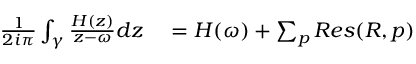
\begin{array} { r } { \begin{array} { r l } { \frac { 1 } { 2 i \pi } \int _ { \gamma } \frac { H ( z ) } { z - \omega } d z } & { { } = H ( \omega ) + \sum _ { p } R e s ( R , p ) } \end{array} } \end{array}